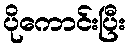
ပိုကောင်းပြီး